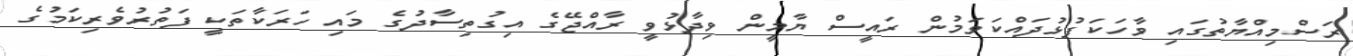
ރަސްމިއްޔާތުގައި ވާހަކަފުޅުދައްކަވަމުން ރައީސް ޔާމީން ވިދާޅުވީ ރާއްޖޭގެ އިގުތިސާދުގެ މައި ހަރަކާތަކީ ފަތުރުވެރިކަމުގެ